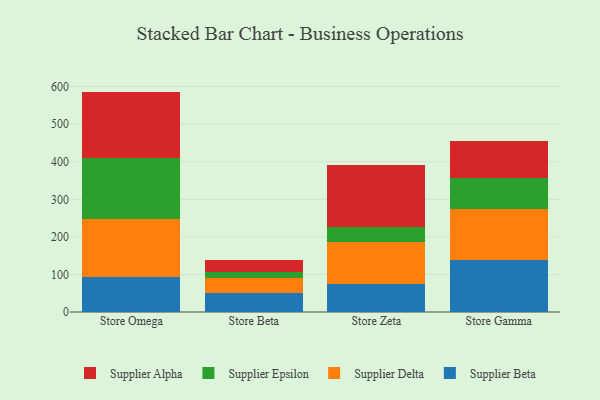
{"axis": {"x": "Store", "y": "Bounce Rate (%)"}, "legend": ["Supplier Alpha", "Supplier Beta", "Supplier Delta", "Supplier Epsilon"], "data": [{"x": "Store Omega", "y": 93.9, "type": "Supplier Beta"}, {"x": "Store Omega", "y": 153.3, "type": "Supplier Delta"}, {"x": "Store Omega", "y": 163.0, "type": "Supplier Epsilon"}, {"x": "Store Omega", "y": 176.5, "type": "Supplier Alpha"}, {"x": "Store Beta", "y": 50.7, "type": "Supplier Beta"}, {"x": "Store Beta", "y": 40.1, "type": "Supplier Delta"}, {"x": "Store Beta", "y": 15.4, "type": "Supplier Epsilon"}, {"x": "Store Beta", "y": 32.0, "type": "Supplier Alpha"}, {"x": "Store Zeta", "y": 73.4, "type": "Supplier Beta"}, {"x": "Store Zeta", "y": 113.6, "type": "Supplier Delta"}, {"x": "Store Zeta", "y": 38.0, "type": "Supplier Epsilon"}, {"x": "Store Zeta", "y": 165.8, "type": "Supplier Alpha"}, {"x": "Store Gamma", "y": 137.8, "type": "Supplier Beta"}, {"x": "Store Gamma", "y": 135.7, "type": "Supplier Delta"}, {"x": "Store Gamma", "y": 84.5, "type": "Supplier Epsilon"}, {"x": "Store Gamma", "y": 96.2, "type": "Supplier Alpha"}]}